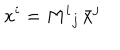
LaTeX: x ^ { i } = { M ^ { i } { } _ { j } } \, { \bar { x } } ^ { j }